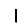
Digit: 1